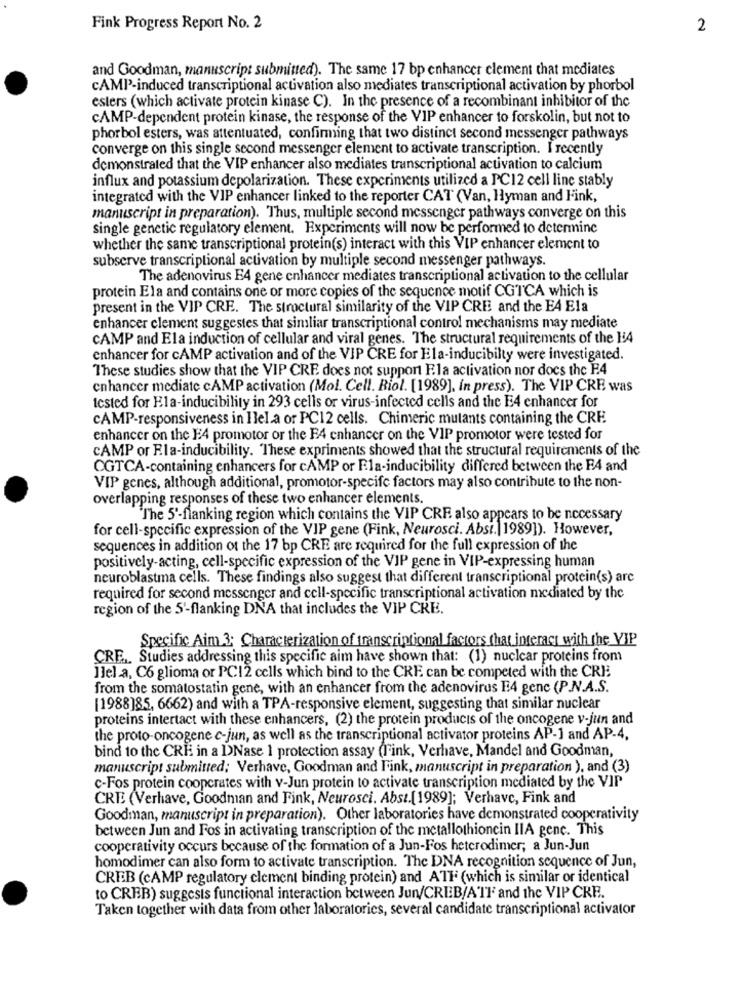
Fink Progress Report No. 2
2
and Goodman, manuscript submitted). The same 17 bp enhancer clement that mediates
CAMP-induced transcriptional activation also mediates transcriptional activation by phorbol
esters (which activate protein kinase C). In the presence of a recombinant inhibitor of the
CAMP-dependent protein kinase, the response of the VIP enhancer to forskolin, but not to
phorbol esters, was attentuated, confirming that two distinct second messenger pathways
converge on this single second messenger element to activate transcription. I recently
demonstrated that the VIP enhancer also mediates transcriptional activation to calcium
influx and potassium depolarization. These experiments utilized a PC12 cell line stably
integrated with the VIP enhancer linked to the reporter CAT (Van, Hyman and Fink,
manuscript in preparation). Thus, multiple second messenger pathways converge on this
single genetic regulatory element. Experiments will now be performed to determine
whether the same transcriptional protein(s) interact with this VIP enhancer element to
subserve transcriptional activation by multiple second messenger pathways.
The adenovirus E4 gene enhancer mediates transcriptional activation to the cellular
protein Ela and contains one or more copies of the sequence motif CGTCA which is
present in the VIP CRE. The structural similarity of the VIP CRE and the EA Ela
enhancer clement suggestes that simliar transcriptional control mechanisms may mediate
CAMP and Ela induction of cellular and viral genes. The structural requirements of the H4
enhancer for cAMP activation and of the VIP CRE for Ela-inducibilty were investigated.
These studies show that the VIP CRE does not support Fla activation nor does the F4
enhancer mediate cAMP activation (Mol. Cell. Biol. [1989], in press). The VIP CRE was
tested for Ela-inducibility in 293 cells or virus-infected cells and the E4 enhancer for
CAMP-responsiveness in Ilel.a or PC12 cells. Chimeric mutants containing the CRE
enhancer on the E4 promotor or the F4 enhancer on the VIP promotor were tested for
CAMP or Ela-inducibility. These expriments showed that the structural requirements of the
CGTCA-containing enhancers for cAMP or Ela-inducibility differed between the F4 and
VIP genes, although additional, promotor-specife factors may also contribute to the non-
overlapping responses of these two enhancer elements.
"The 5'-flanking region which contains the VIP CRE also appears to be necessary
for cell-specific expression of the VIP gene (Fink, Neurosci. Absi. 1989]). However,
sequences in addition of the 17 bp CRE are required for the full expression of the
positively-acting, cell-specific expression of the VIP gene in VIP-expressing human
neuroblastma cells. These findings also suggest that different transcriptional protein(s) are
required for second messenger and cell-specific transcriptional activation mediated by the
region of the 5'-flanking DNA that includes the VIP CRE.
Specific Aim 3; Characterization of transcriptional factors that interact with the VIP
CRE ... Studies addressing this specific aim have shown that: (1) nuclear proteins from
llel.a, C6 glioma or PC12 cells which bind to the CRE can be competed with the CRE
from the somatostatin gene, with an enhancer from the adenovirus E4 genc (P.N.A.S.
[1988)85, 6662) and with a TPA-responsive element, suggesting that similar nuclear
proteins intertact with these enhancers, (2) the protein products of the oncogene v-jun and
the proto-oncogene c-jun, as well as the transcriptional activator proteins AP-1 and AP-4,
bind to the CRE in a DNase 1 protection assay (Fink, Verhave, Mandel and Goodman,
manuscript submitted; Verhave, Goodman and Fink, manuscript in preparation ), and (3)
c-Fos protein cooperates with v-Jun protein to activate transcription mediated by the VIP
CRE (Verhave, Goodman and Fink, Neurosci. Abst.[1989]; Verhave, Fink and
Goodman, manuscript in preparation). Other laboratories have demonstrated cooperativity
between Jun and Fos in activating transcription of the metallothioncin IIA gene. This
cooperativity occurs because of the formation of a Jun-Fos hetcrodimer; a Jun-Jun
homodimer can also form to activate transcription. The DNA recognition sequence of Jun,
CREB (CAMP regulatory clement binding protein) and ATF (which is similar or identical
to CREB) suggests functional interaction between Jun/CREB/ATI and the VIP CRE.
Taken together with data from other laboratories, several candidate transcriptional activator